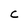
Character: C